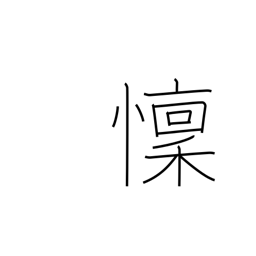
Meaning: fear